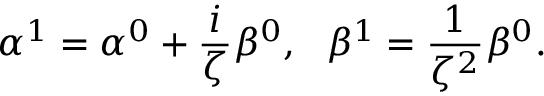
\alpha ^ { 1 } = \alpha ^ { 0 } + \frac { i } { \zeta } \beta ^ { 0 } , \ \ \beta ^ { 1 } = \frac { 1 } { \zeta ^ { 2 } } \beta ^ { 0 } .